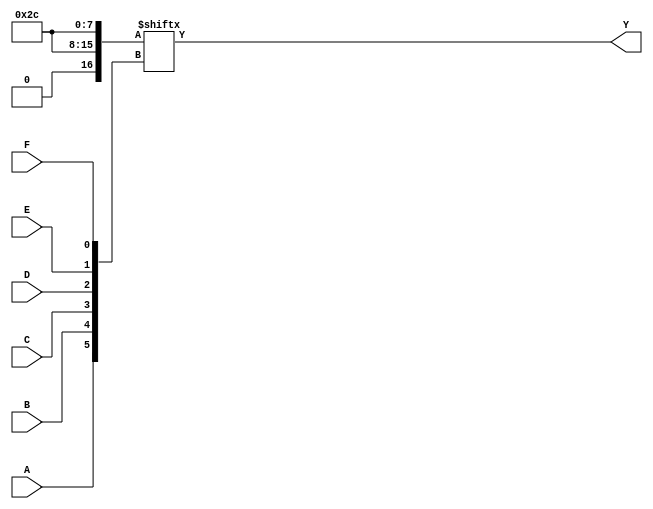
module six_variable_kmap (
    input wire A,  // Input variable A
    input wire B,  // Input variable B
    input wire C,  // Input variable C
    input wire D,  // Input variable D
    input wire E,  // Input variable E
    input wire F,  // Input variable F
    output wire Y  // Output variable Y
);

// Internal signals for the K-map logic
wire [63:0] kmap; // 64 cells for the K-map

// Define the K-map based on the minterms (example values)
assign kmap[0]  = 1'b0; // Minterm 0
assign kmap[1]  = 1'b0; // Minterm 1
assign kmap[2]  = 1'b1; // Minterm 2
assign kmap[3]  = 1'b1; // Minterm 3
assign kmap[4]  = 1'b0; // Minterm 4
assign kmap[5]  = 1'b1; // Minterm 5
assign kmap[6]  = 1'b0; // Minterm 6
assign kmap[7]  = 1'b0; // Minterm 7
// Continue defining the K-map cells...
// For brevity, only a few cells are defined. You should fill in the rest based on your K-map.

assign kmap[63] = 1'b0; // Minterm 63

// Output logic based on the K-map
// The output Y is derived from the K-map based on the input combination
assign Y = kmap[{A, B, C, D, E, F}];

endmodule